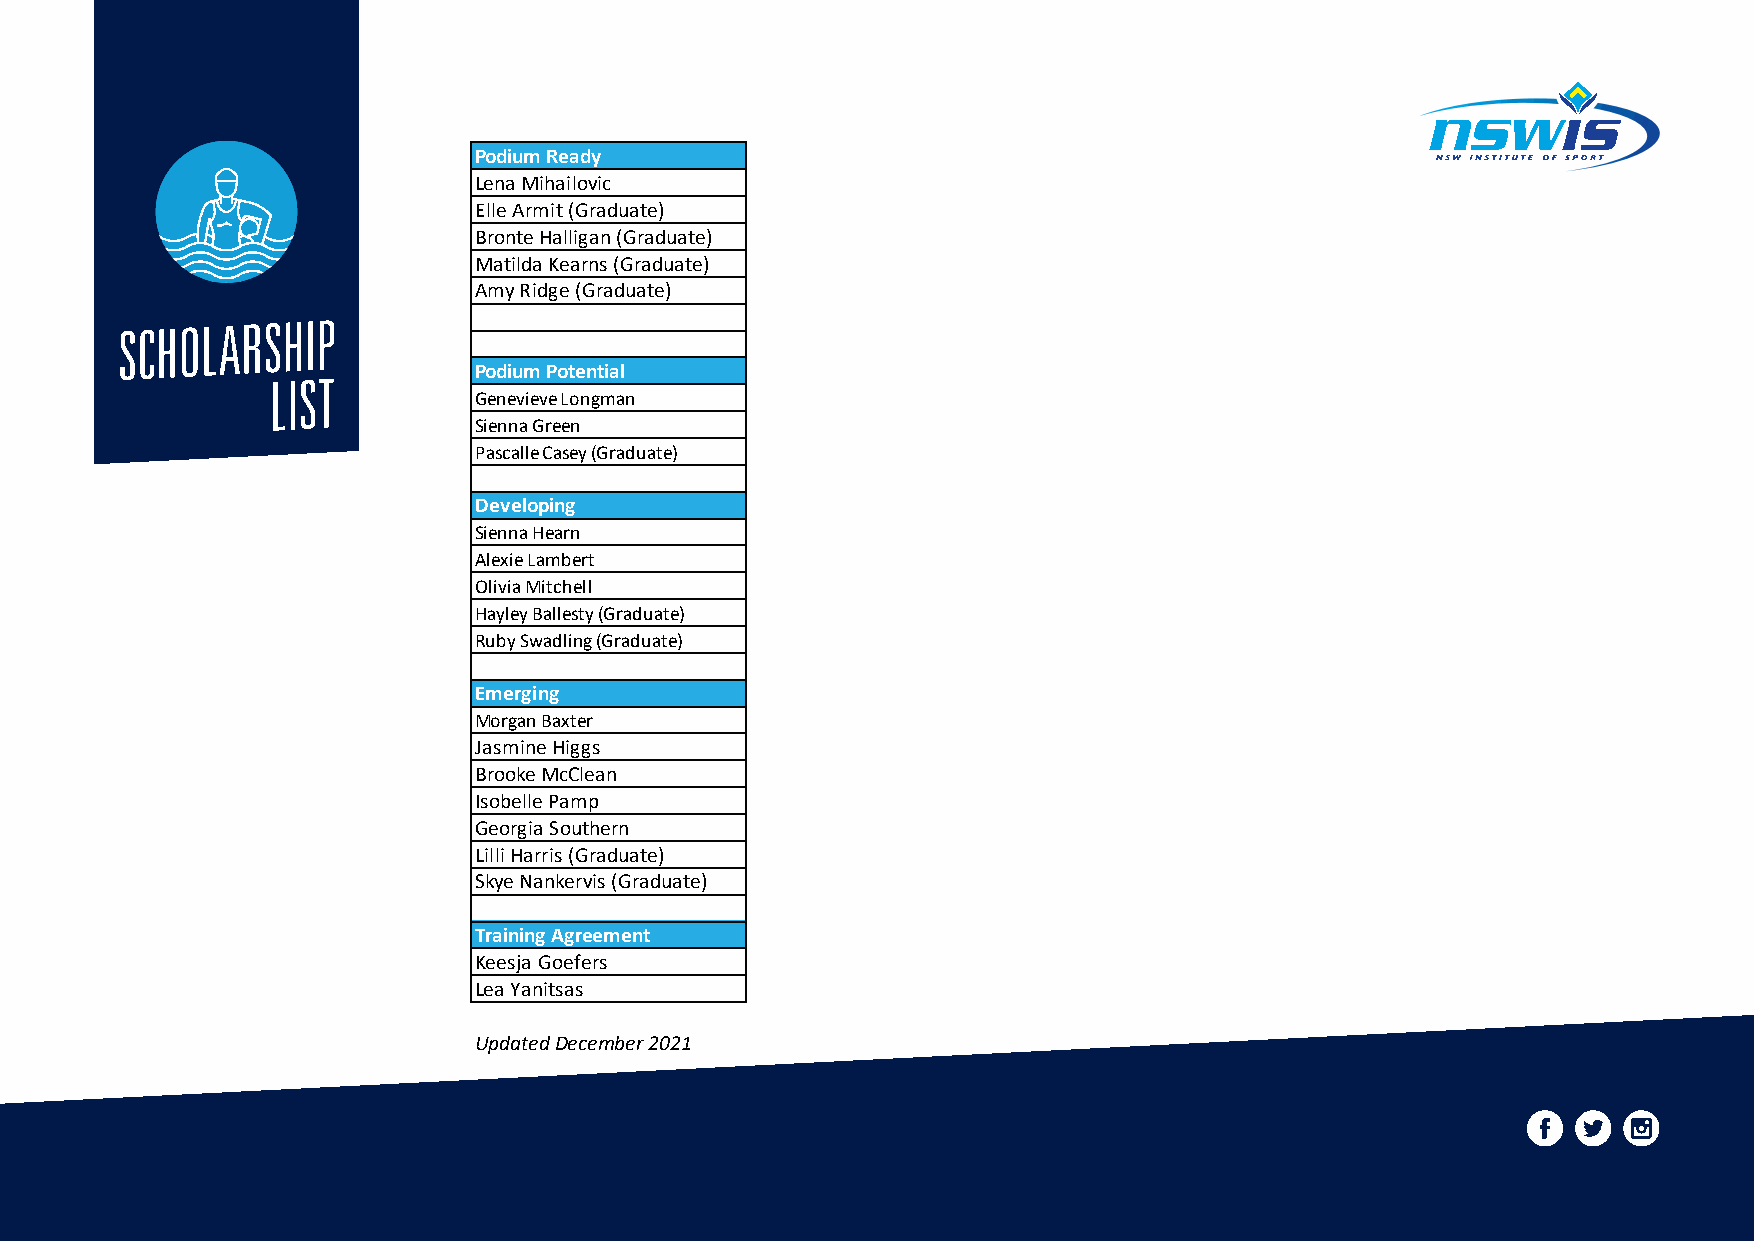
Name and Categorisation
 Podium
 Podium Ready
 Lena Mihailovic
 Elle Armit (Graduate)
 Bronte Halligan (Graduate)
 Matilda Kearns (Graduate)
 Amy Ridge (Graduate)
 SCHOLARSHIP
 LIST         Podium Potential
 Genevieve Longman
 Sienna Green
 Pascalle Casey (Graduate)
 Developing
 Sienna Hearn
 Alexie Lambert
 Olivia Mitchell
 Hayley Ballesty (Graduate)
 Ruby Swadling (Graduate)
 Emerging
 Morgan Baxter
 Jasmine Higgs
 Brooke McClean
 Isobelle Pamp
 Georgia Southern
 Lilli Harris (Graduate)
 Skye Nankervis (Graduate)
 Training Agreement
 Keesja Goefers
 Lea Yanitsas
 Updated December 2021